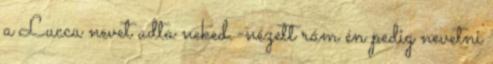
a Lucca nevet adta neked.-nézett rám én pedig nevetni